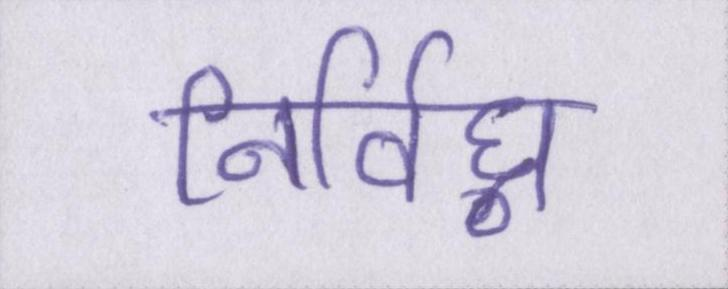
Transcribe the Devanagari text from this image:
निर्विघ्न